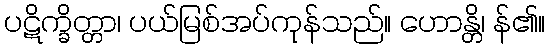
ပဋိက္ခိတ္တာ၊ ပယ်မြစ်အပ်ကုန်သည်။ ဟောန္တိ၊ န်၏။